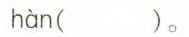
hàn ()。